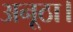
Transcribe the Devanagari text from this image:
अनूठा।